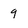
Character: 9